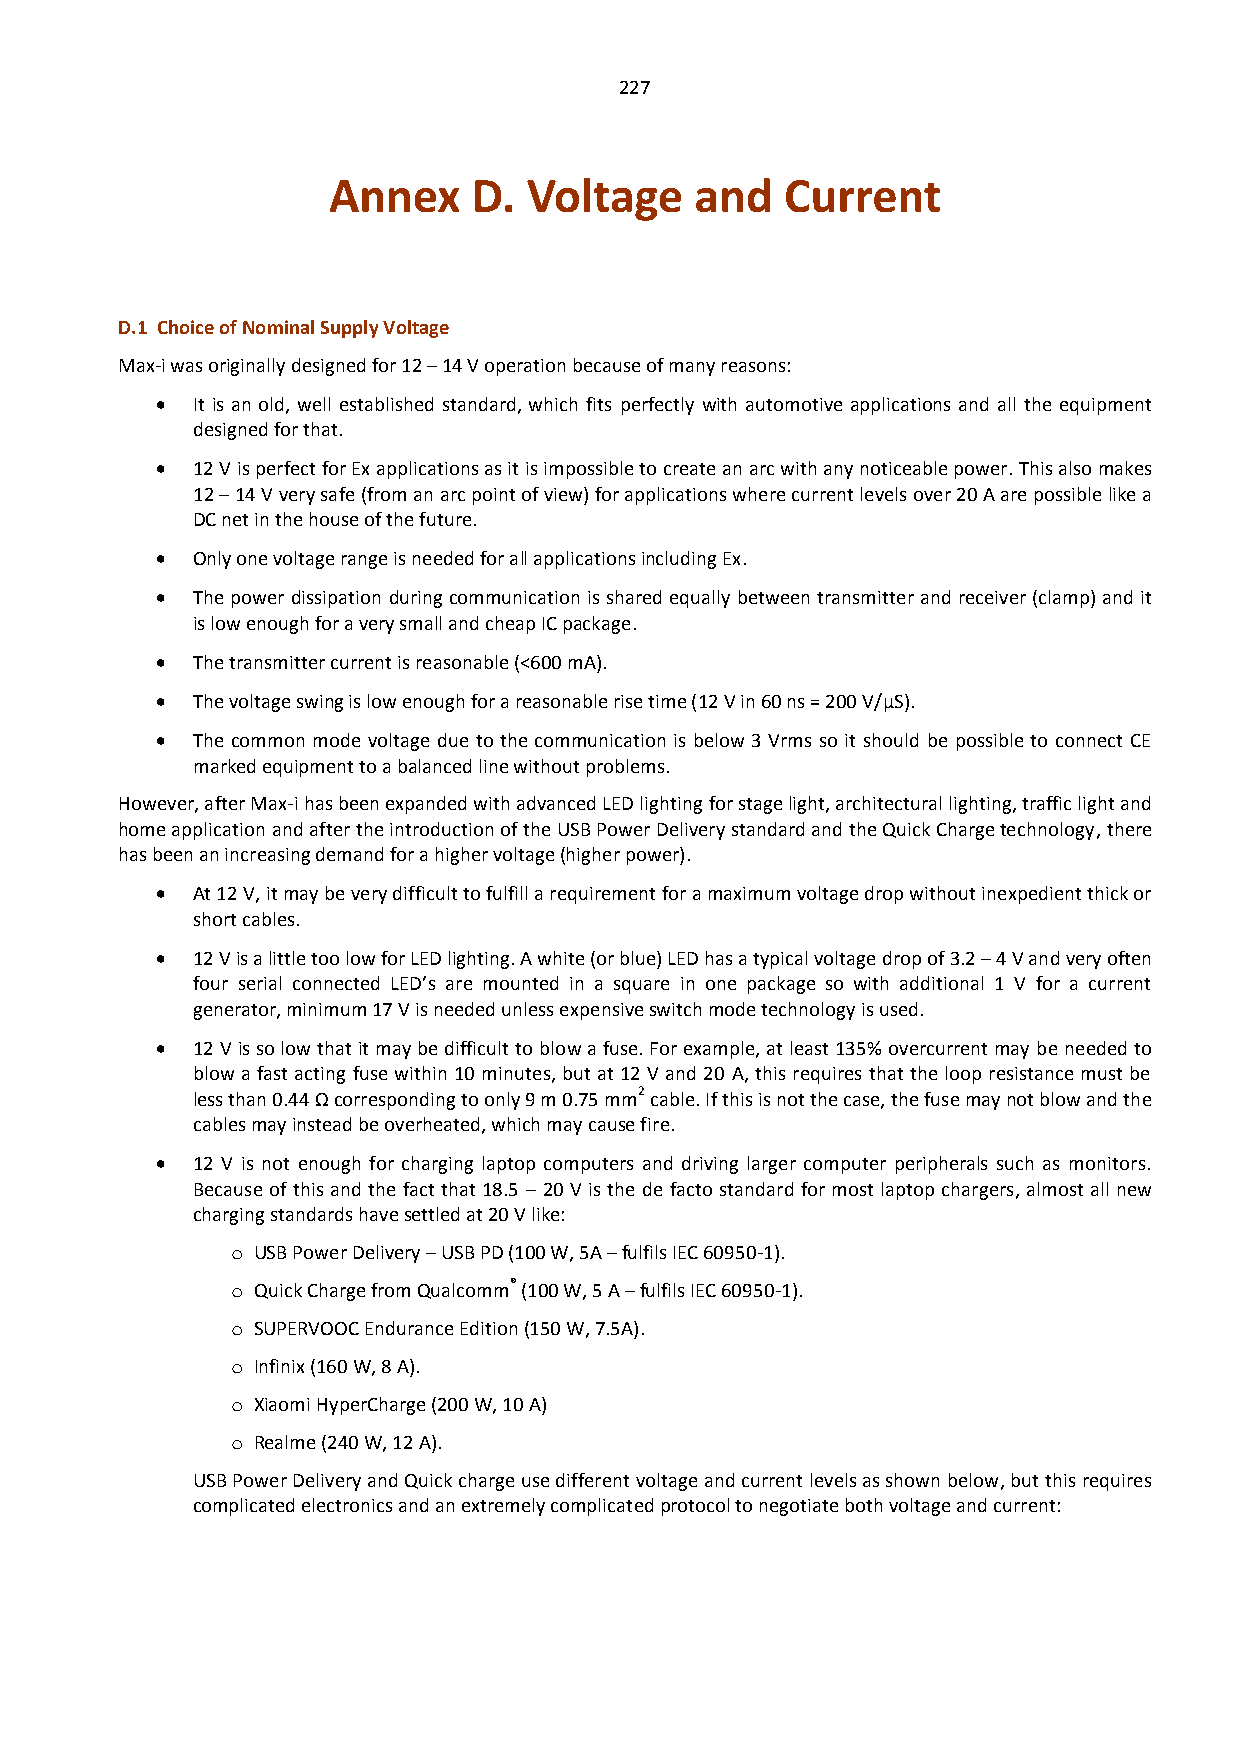
227
 Annex    D.  Voltage    and   Current
 D.1 Choice of Nominal Supply Voltage
 Max-i was originally designed for 12 – 14 V operation because of many reasons:
   It is an old, well established standard, which fits perfectly with automotive applications and all the equipment
 designed for that.
   12 V is perfect for Ex applications as it is impossible to create an arc with any noticeable power. This also makes
 12 – 14 V very safe (from an arc point of view) for applications where current levels over 20 A are possible like a
 DC net in the house of the future.
   Only one voltage range is needed for all applications including Ex.
   The power dissipation during communication is shared equally between transmitter and receiver (clamp) and it
 is low enough for a very small and cheap IC package.
   The transmitter current is reasonable (<600 mA).
   The voltage swing is low enough for a reasonable rise time (12 V in 60 ns = 200 V/µS).
   The common mode voltage due to the communication is below 3 Vrms so it should be possible to connect CE
 marked equipment to a balanced line without problems.
 However, after Max-i has been expanded with advanced LED lighting for stage light, architectural lighting, traffic light and
 home application and after the introduction of the USB Power Delivery standard and the Quick Charge technology, there
 has been an increasing demand for a higher voltage (higher power).
   At 12 V, it may be very difficult to fulfill a requirement for a maximum voltage drop without inexpedient thick or
 short cables.
   12 V is a little too low for LED lighting. A white (or blue) LED has a typical voltage drop of 3.2 – 4 V and very often
 four serial connected LED’s are mounted in a square in one package so with additional 1 V for a current
 generator, minimum 17 V is needed unless expensive switch mode technology is used.
   12 V is so low that it may be difficult to blow a fuse. For example, at least 135% overcurrent may be needed to
 blow a fast acting fuse within 10 minutes, but at 12 V and 20 A, this requires that the loop resistance must be
 less than 0.44 Ω corresponding to only 9 m 0.75 mm2 cable. If this is not the case, the fuse may not blow and the
 cables may instead be overheated, which may cause fire.
   12 V is not enough for charging laptop computers and driving larger computer peripherals such as monitors.
 Because of this and the fact that 18.5 – 20 V is the de facto standard for most laptop chargers, almost all new
 charging standards have settled at 20 V like:
 o USB Power Delivery – USB PD (100 W, 5A – fulfils IEC 60950-1).
 o Quick Charge from Qualcomm® (100 W, 5 A – fulfils IEC 60950-1).
 o SUPERVOOC Endurance Edition (150 W, 7.5A).
 o Infinix (160 W, 8 A).
 o Xiaomi HyperCharge (200 W, 10 A)
 o Realme (240 W, 12 A).
 USB Power Delivery and Quick charge use different voltage and current levels as shown below, but this requires
 complicated electronics and an extremely complicated protocol to negotiate both voltage and current: